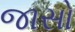
જાસો